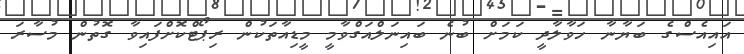
އައިއެސްގެ ބަޔާނާ ހަވާލާދީ ކަމަށް ބުނެ ބައިނަލްއަގްވާމީ މީޑިއާތަކުން ރިޕޯޓްކޮށްފައިވާ ގޮތުން މުސާރަ